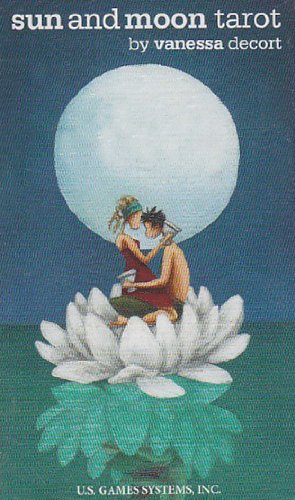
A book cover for Sun and Moon Tarot [With Booklet]; Vanessa Decort; Humor & Entertainment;